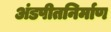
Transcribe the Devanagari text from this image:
अंडपीतनिर्माण